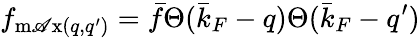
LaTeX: f_{\operatorname*{m\mathscr{A}x}(q,q^{\prime})}=\bar{{f}}\Theta(\bar{{k}}_{F}-q)\Theta(\bar{{k}}_{F}-q^{\prime})